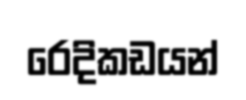
රෙදිකඩයන්